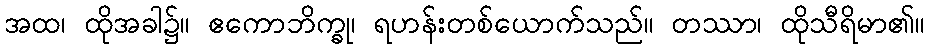
အထ၊ ထိုအခါ၌။ ဧကောဘိက္ခု၊ ရဟန်းတစ်ယောက်သည်။ တဿာ၊ ထိုသီရိမာ၏။